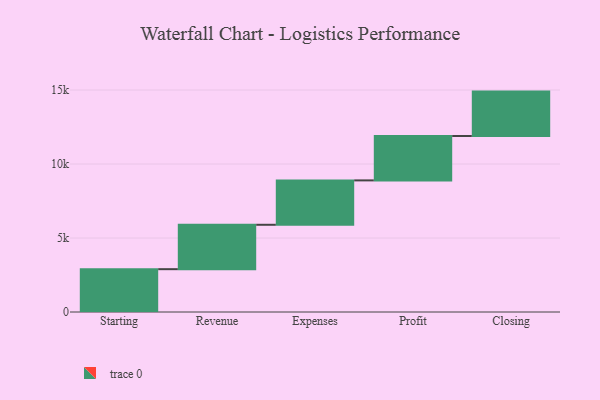
{"axis": {"x": "Step", "y": "Value"}, "legend": [""], "data": [{"x": "Starting", "y": 2894.0, "type": ""}, {"x": "Revenue", "y": 3000, "type": ""}, {"x": "Expenses", "y": 3000, "type": ""}, {"x": "Profit", "y": 3000, "type": ""}, {"x": "Closing", "y": 3000, "type": ""}]}